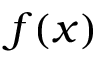
f ( x )